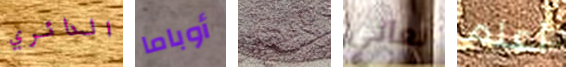
الدائري أوباما مبهج نعاني أعلم